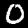
Digit: 0